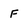
Character: F